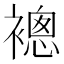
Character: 𧜢